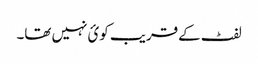
لفٹ کےقریب کوئ نہیں تھا۔